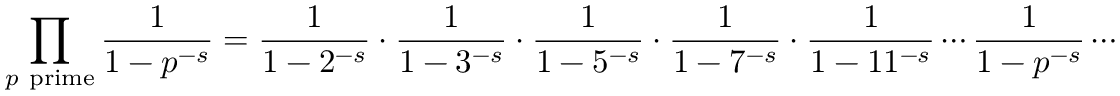
\prod _ { p { \mathrm { ~ p r i m e } } } { \frac { 1 } { 1 - p ^ { - s } } } = { \frac { 1 } { 1 - 2 ^ { - s } } } \cdot { \frac { 1 } { 1 - 3 ^ { - s } } } \cdot { \frac { 1 } { 1 - 5 ^ { - s } } } \cdot { \frac { 1 } { 1 - 7 ^ { - s } } } \cdot { \frac { 1 } { 1 - 1 1 ^ { - s } } } \cdots { \frac { 1 } { 1 - p ^ { - s } } } \cdots